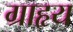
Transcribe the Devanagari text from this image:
ग्राहृय